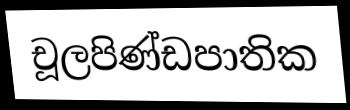
චූලපිණ්ඩපාතික